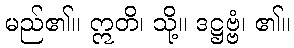
မည်၏။ ဣတိ၊ သို့။ ဒဋ္ဌဗ္ဗံ၊ ၏။